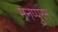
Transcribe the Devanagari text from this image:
मनप्पुरम